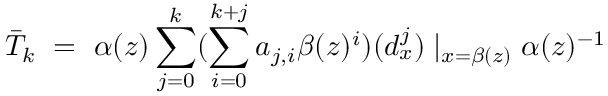
\bar { T } _ { k } \ = \ \alpha ( z ) \sum _ { j = 0 } ^ { k } ( \sum _ { i = 0 } ^ { k + j } a _ { j , i } \beta ( z ) ^ { i } ) ( d _ { x } ^ { j } ) \mid _ { x = \beta ( z ) } \alpha ( z ) ^ { - 1 }